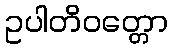
ဥပါတိဝတ္တော